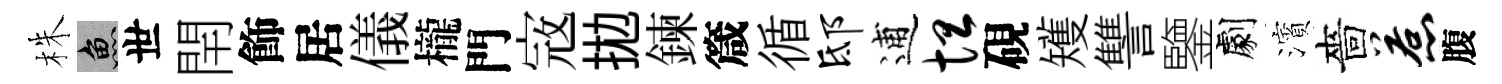
株魚世閈飾居儀櫳門𡨥拋鍊箴循邸逋坦硯矱讐鑒劇濱嗇惹腹